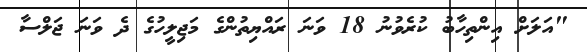
"އަލަށް އިންތިހާބު ކުރެވުނު 18 ވަނަ ރައްޔިތުންގެ މަޖިލީހުގެ ދެ ވަނަ ޖަލްސާ